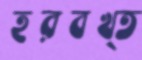
হরবখ্ত